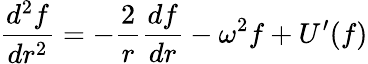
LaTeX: \frac{d^{2}f}{dr^{2}}=-\frac{2}{r}\frac{df}{dr}-\omega^{2}f+U^{\prime}(f)